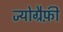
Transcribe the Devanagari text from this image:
ज्योग्रैफ़ी